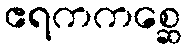
ဧရကကစ္ဆေ